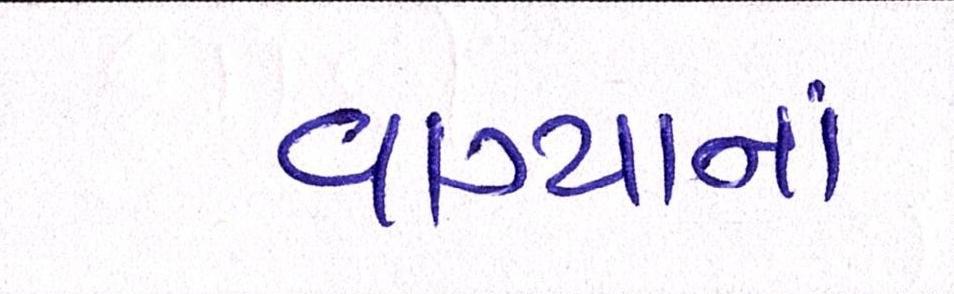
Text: વાગ્યાનાં